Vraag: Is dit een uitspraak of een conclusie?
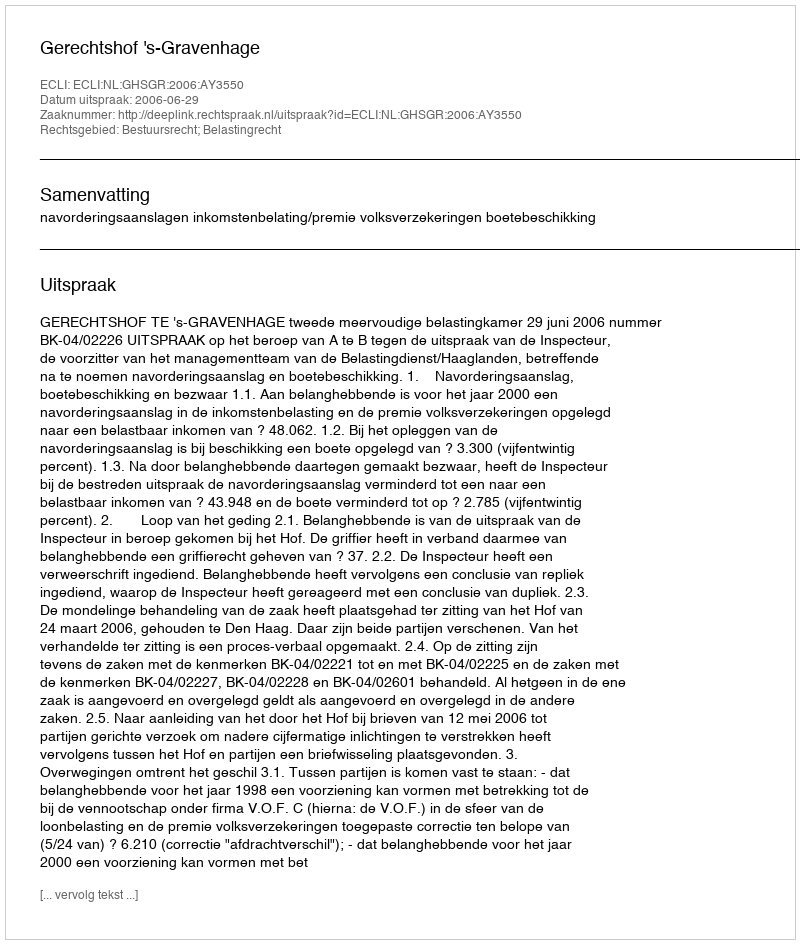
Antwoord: Uitspraak